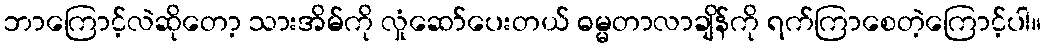
ဘာကြောင့်လဲဆိုတော့ သားအိမ်ကို လှုံဆော်ပေးတယ် ဓမ္မတာလာချိန်ကို ရက်ကြာစေတဲ့ကြောင့်ပါ။